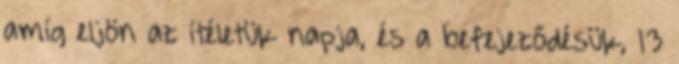
amíg eljön az ítéletük napja, és a befejeződésük, 13